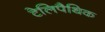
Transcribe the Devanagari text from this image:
टेलिपैथिक